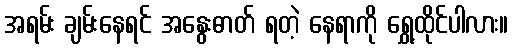
အရမ်း ချမ်းနေရင် အနွေးဓာတ် ရတဲ့ နေရာကို ရွှေ့ထိုင်ပါလား။